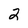
Character: 2